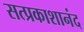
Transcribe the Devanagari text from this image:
सत्प्रकाशानंद